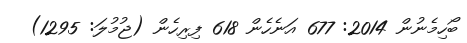
ބޯހިމެނުން 2014: 677 އަނެހެން 618 ފިރިހެން (ޖުމުލަ: 1295)